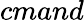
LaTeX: cmand